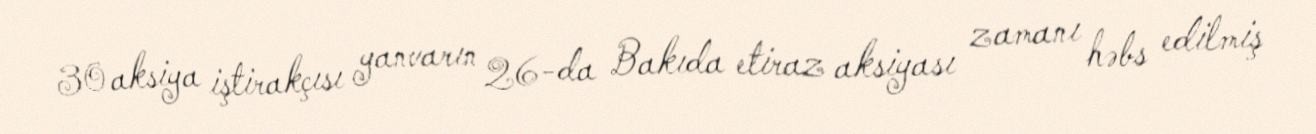
30 aksiya iştirakçısı yanvarın 26-da Bakıda etiraz aksiyası zamanı həbs edilmiş